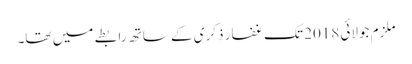
ملزم جولائی 2018 تک غفار ذکری کے ساتھ رابطے میں تھا۔